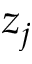
z _ { j }